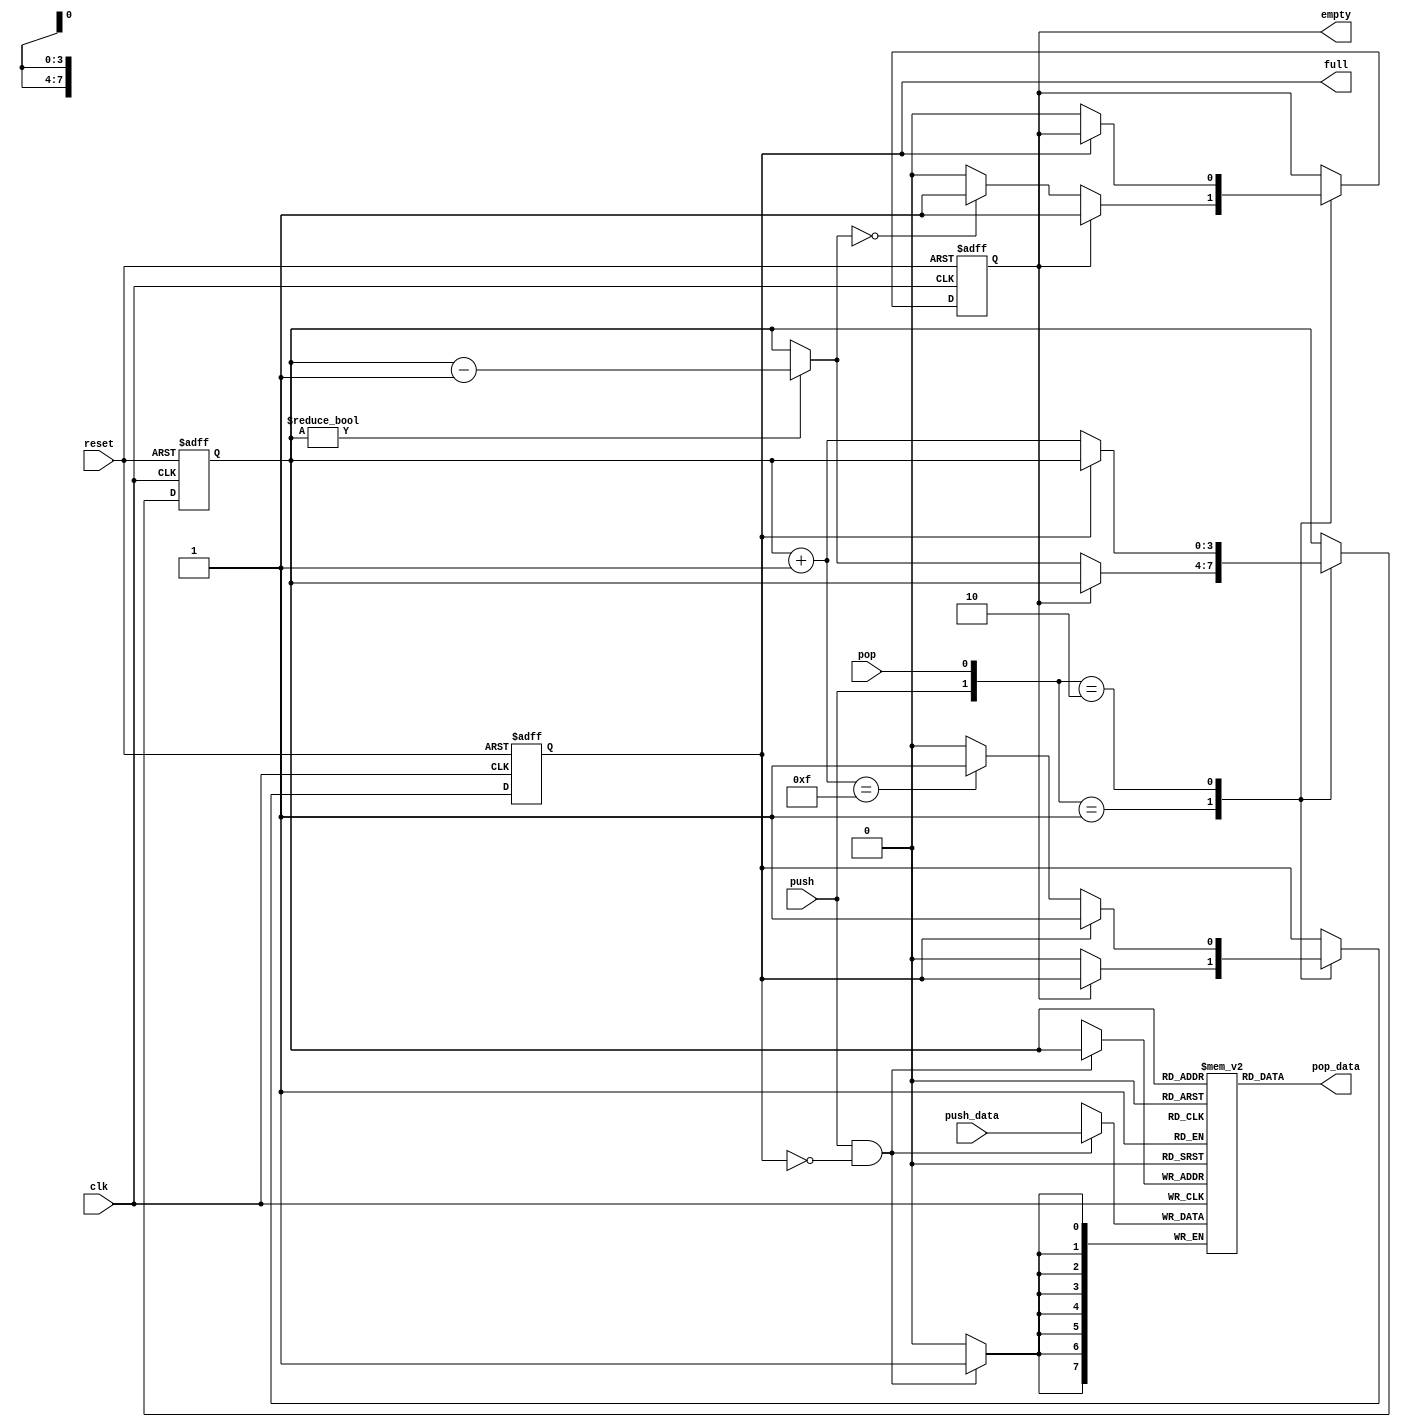
module stack 
    #(
        parameter B = 8, //number of bits in a word
                  W = 4 //number of adderess bit
    )
    (
        input wire clk, reset,
        input wire push, pop,
        input wire [B-1:0] push_data,
        output wire empty, full,
        output wire [B-1:0] pop_data
    );

//signal declaration
    reg [B - 1:0] array_reg [2**W-1:0]; //register array
    //reg [W - 1:0] push_ptr_reg, push_ptr_next, push_ptr_succ;
    //reg [W - 1:0] pop_ptr_reg, pop_ptr_next, pop_ptr_succ;
    reg [W - 1:0] ptr_reg, ptr_next, ptr_succ, ptr_prev;
    reg full_reg, empty_reg, full_next, empty_next;



    wire push_en;

    //body
    //register file push operation

    always @(posedge clk) begin
        if(push_en)
            array_reg[ptr_reg] <= push_data;
    end

    assign pop_data = array_reg[ptr_reg];
    assign push_en = push & ~full_reg;


    //stack control logic
    //register for read and write pointers

    always @ (posedge clk, posedge reset) begin
        if (reset)
            begin
                ptr_reg <= 0;
                full_reg <= 0;
                empty_reg <= 1;
            end
        else
            begin 
                ptr_reg <= ptr_next;
                full_reg <= full_next;
                empty_reg <= empty_next;
            end 
    end
    //next-state logic for push and pop
    always @(*) begin
        ptr_succ = ptr_reg + 1;
        if (ptr_reg)
            ptr_prev = ptr_reg - 1;
        else
            ptr_prev = ptr_reg;
    //default: keep old values;
        ptr_next = ptr_reg;
        full_next = full_reg;
        empty_next = empty_reg;
        case ({push, pop})
            2'b01: //pop
                if(~empty_reg) begin
                    ptr_next = ptr_prev;
                    full_next = 1'b0;
                    if (ptr_prev==0)
                        empty_next = 1'b1;
                end
            2'b10: 
                if (~full_reg) begin
                    ptr_next = ptr_succ;
                    empty_next = 1'b0;
                    if(ptr_next == 2**W - 1)
                        full_next = 1'b1;
                //full check
                end
        endcase
    end
    assign full = full_reg;
    assign empty = empty_reg;

endmodule